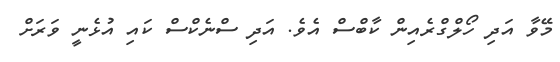
މޭވާ އަދި ހޯލްގްރެއިން ކާބްސް އެވެ. އަދި ސްނެކްސް ކައި އުޅެނީ ވަރަށް